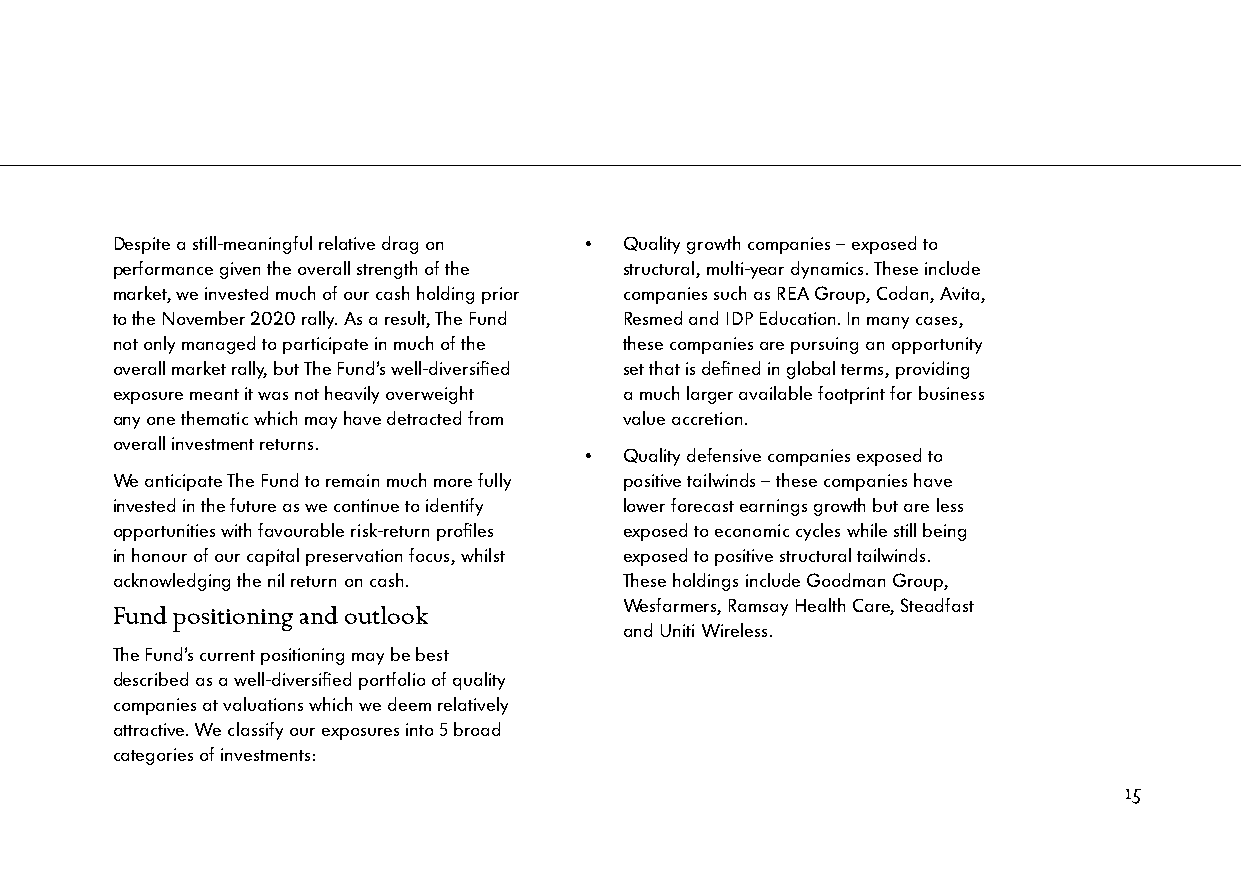
Despite a still-meaningful relative drag on • Quality growth companies – exposed to
 performance given the overall strength of the structural, multi-year dynamics. These include
 market, we invested much of our cash holding prior companies such as REA Group, Codan, Avita,
 to the November 2020 rally. As a result, The Fund Resmed and IDP Education. In many cases,
 not only managed to participate in much of the these companies are pursuing an opportunity
 overall market rally, but The Fund’s well-diversified set that is defined in global terms, providing
 exposure meant it was not heavily overweight a much larger available footprint for business
 any one thematic which may have detracted from value accretion.
 overall investment returns.
 • Quality defensive companies exposed to
 We anticipate The Fund to remain much more fully positive tailwinds – these companies have
 invested in the future as we continue to identify lower forecast earnings growth but are less
 opportunities with favourable risk-return profiles exposed to economic cycles while still being
 in honour of our capital preservation focus, whilst exposed to positive structural tailwinds.
 acknowledging the nil return on cash. These holdings include Goodman Group,
 Wesfarmers, Ramsay Health Care, Steadfast
 Fund positioning and outlook
 and Uniti Wireless.
 The Fund’s current positioning may be best
 described as a well-diversified portfolio of quality
 companies at valuations which we deem relatively
 attractive. We classify our exposures into 5 broad
 categories of investments:
 15